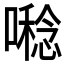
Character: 𡀝